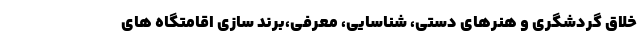
خلاق گردشگری و هنرهای دستی، شناسایی، معرفی،برند سازی اقامتگاه های